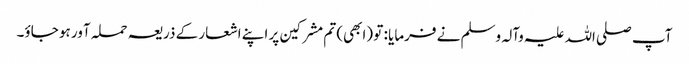
آپ صلی اللہ علیہ وآلہ وسلم نے فرمایا : تو (ابھی) تم مشرکین پر اپنے اشعار کے ذریعہ حملہ آور ہو جاؤ۔